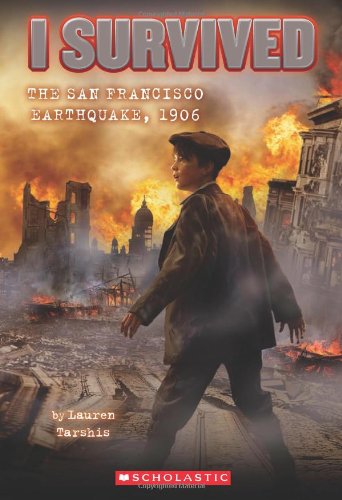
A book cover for I Survived #5: I Survived the San Francisco Earthquake, 1906; Lauren Tarshis; Children's Books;